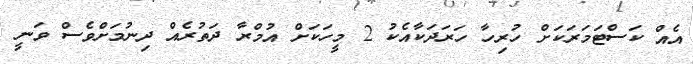
އެއް ކަސްޓަމަރަކަށް ހުރިހާ ހަރަދަކާއެކު 2 މީހަކަށް އުމްރާ ދަތުރެއް ދިނުމަށްވެސް ވަނީ